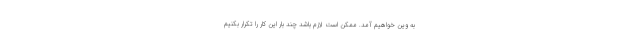
به وین خواهیم آمد. ممکن است لازم باشد چند بار این کار را تکرار بکنیم